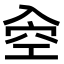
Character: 𠓯